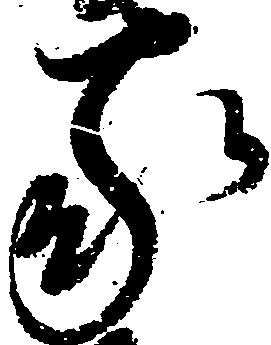
家